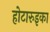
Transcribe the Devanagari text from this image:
होटारुइका